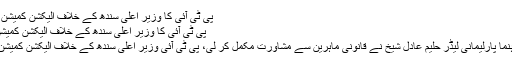
پی ٹی آئی کا وزیر اعلیٰ سندھ کے خلاف الیکشن کمیشن سے رجوع کا فیصلہ -
پی ٹی آئی کا وزیر اعلیٰ سندھ کے خلاف الیکشن کمیشن سے رجوع کا فیصلہ
اسلام آباد: پی ٹی آئی رہنما پارلیمانی لیڈر حلیم عادل شیخ نے قانونی ماہرین سے مشاورت مکمل کر لی، پی ٹی آئی وزیر اعلیٰ سندھ کے خلاف الیکشن کمیشن سے رجوع کرے گی۔